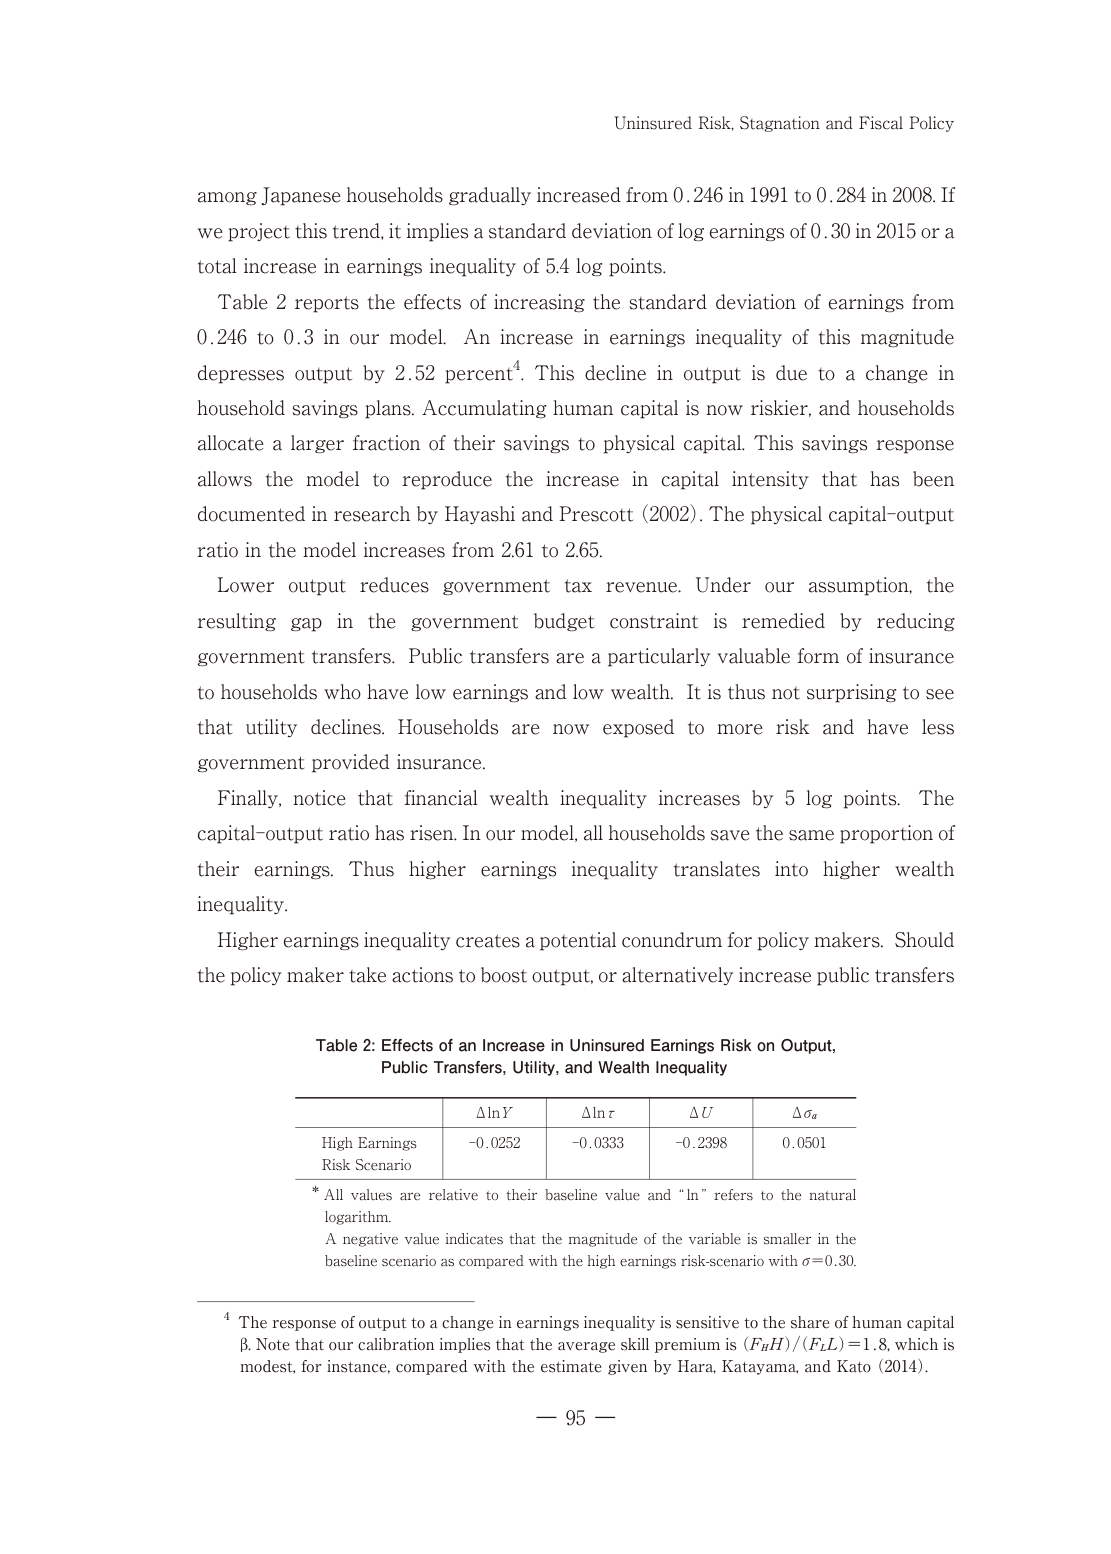
Uninsured Risk, Stagnation and Fiscal Policy

among Japanese households gradually increased from 0.246 in 1991 to 0.284 in 2008. If we project this trend, it implies a standard deviation of log earnings of 0.30 in 2015 or a total increase in earnings inequality of 5.4 log points.

Table 2 reports the effects of increasing the standard deviation of earnings from 0.246 to 0.3 in our model. An increase in earnings inequality of this magnitude depresses output by 2.52 percent⁴. This decline in output is due to a change in household savings plans. Accumulating human capital is now riskier, and households allocate a larger fraction of their savings to physical capital. This savings response allows the model to reproduce the increase in capital intensity that has been documented in research by Hayashi and Prescott (2002). The physical capital-output ratio in the model increases from 2.61 to 2.65.

Lower output reduces government tax revenue. Under our assumption, the resulting gap in the government budget constraint is remedied by reducing government transfers. Public transfers are a particularly valuable form of insurance to households who have low earnings and low wealth. It is thus not surprising to see that utility declines. Households are now exposed to more risk and have less government provided insurance.

Finally, notice that financial wealth inequality increases by 5 log points. The capital-output ratio has risen. In our model, all households save the same proportion of their earnings. Thus higher earnings inequality translates into higher wealth inequality.

Higher earnings inequality creates a potential conundrum for policy makers. Should the policy maker take actions to boost output, or alternatively increase public transfers

Table 2: Effects of an Increase in Uninsured Earnings Risk on Output, Public Transfers, Utility, and Wealth Inequality

Δln Y     Δln τ     ΔU        Δσ_a
High Earnings Risk Scenario   -0.0252   -0.0333   -0.2398   0.0501

* All values are relative to their baseline value and "ln" refers to the natural logarithm.
A negative value indicates that the magnitude of the variable is smaller in the baseline scenario as compared with the high earnings risk-scenario with σ=0.30.

⁴ The response of output to a change in earnings inequality is sensitive to the share of human capital β. Note that our calibration implies that the average skill premium is (F_H)/(F_L)=1.8, which is modest, for instance, compared with the estimate given by Hara, Katayama, and Kato (2014).

— 95 —